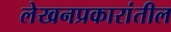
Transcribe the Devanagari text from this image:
लेखनप्रकारांतील